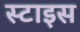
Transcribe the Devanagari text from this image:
स्टाइस